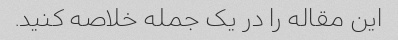
این مقاله را در یک جمله خلاصه کنید.